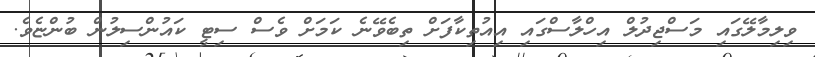
ވިލިމާލޭގައި މަސްޖިދުލް އިހްލާސްގައި އިއުތިކާފަށް ތިބެވޭނެ ކަމަށް ވެސް ސިޓީ ކައުންސިލުން ބުންޏެވެ.